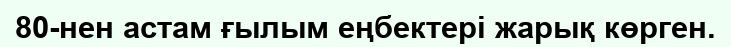
80-нен астам ғылым еңбектері жарық көрген.